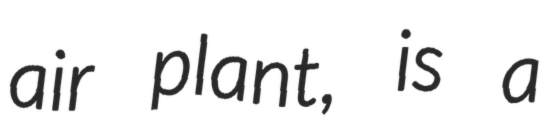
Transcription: air plant, is a